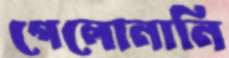
গেলোনানি